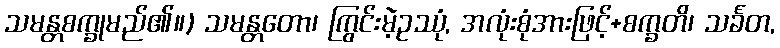
သမန္တစက္ခုမည်၏။) သမန္တတော၊ ကြွင်းမဲ့ဥဿုံ, အလုံးစုံအားဖြင့်+စက္ခတိ၊ သင်္ခတ,